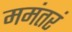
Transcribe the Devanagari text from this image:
ममंतरं